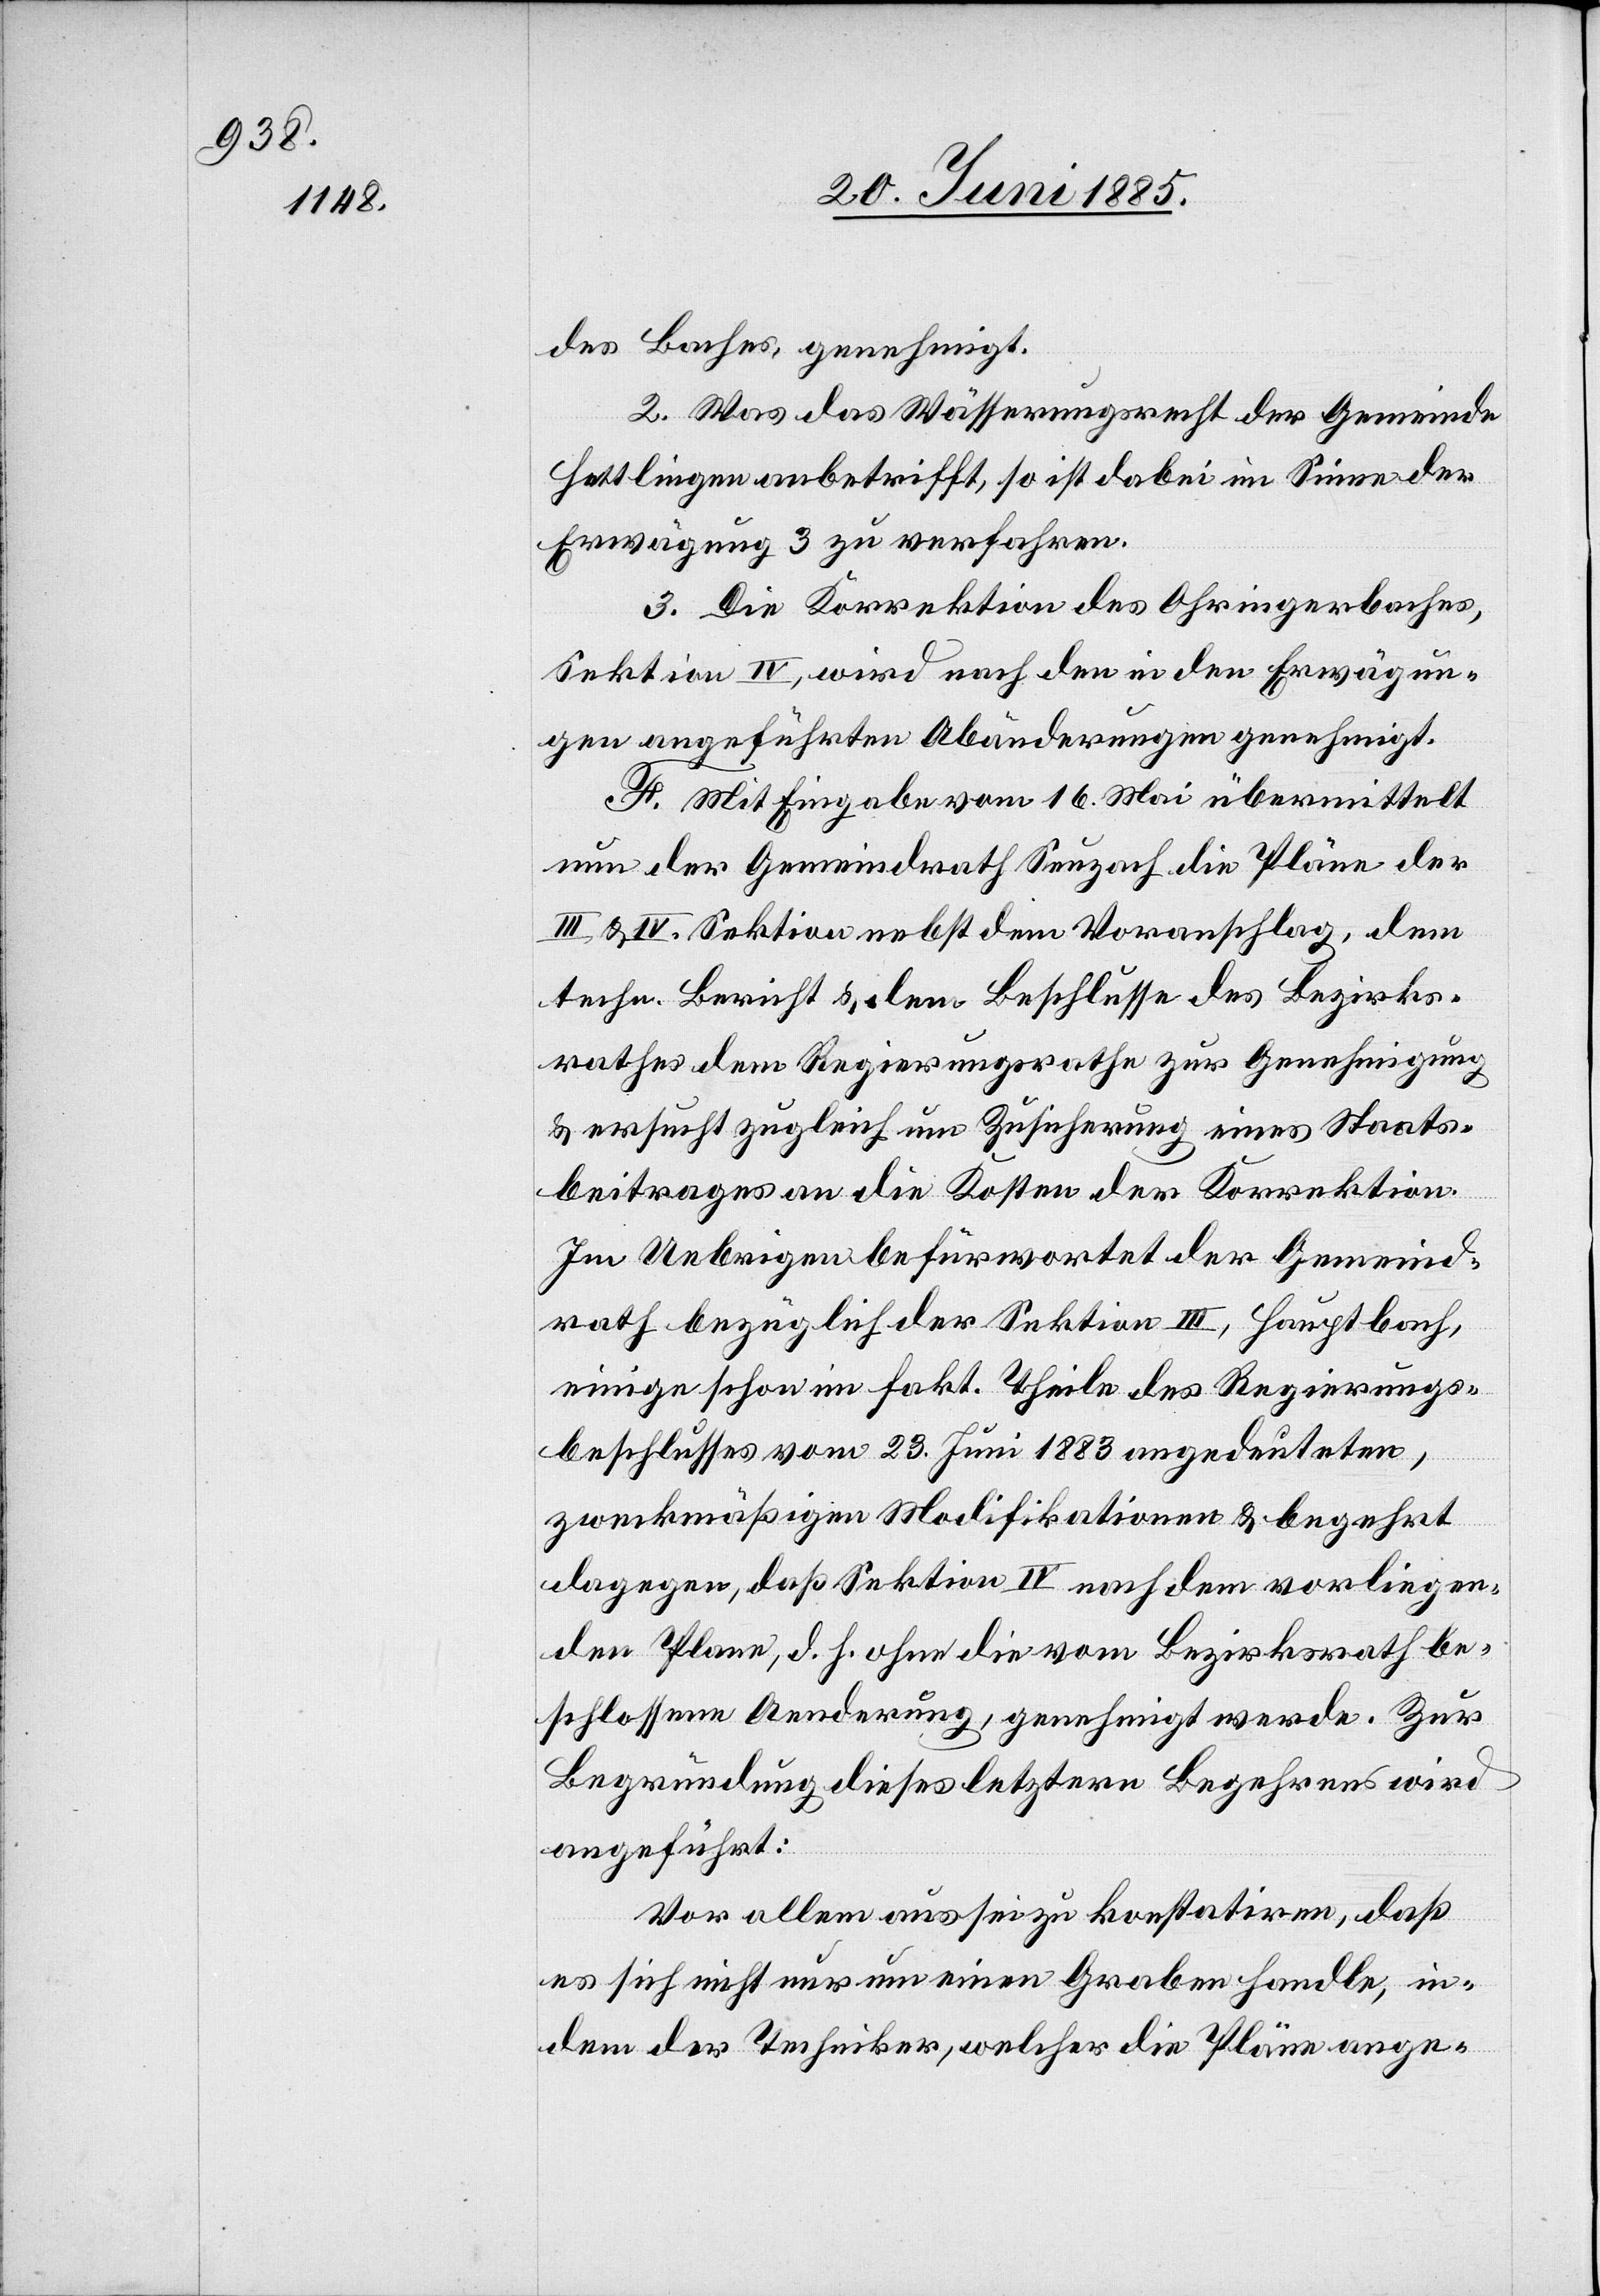
des Baches genehmigt.
2. Was das Wässerungsrecht der Gemeinde
Hettlingen anbetrifft, so ist dabei im Sinne der
Erwägung 3 zu verfahren.
3. Die Korrektion des Ohringerbaches,
Sektion IV, wird nach den in den Erwägun¬
gen angeführten Abänderungen genehmigt.
F. Mit Eingabe vom 16. Mai übermittelt
nun der Gemeindrath Seuzach die Pläne der
III. & IV. Sektion nebst dem Voranschlag, dem
techn. Bericht & dem Beschlusse des Bezirks¬
rathes dem Regierungsrathe zur Genehmigung
& ersucht zugleich um Zusicherung eines Staats¬
beitrages an die Kosten der Korrektion.
Im Uebrigen befürwortet der Gemeind¬
rath bezüglich der Sektion III, Hauptbach,
einige schon im fakt. Theile des Regierungs¬
beschlusses vom 23. Juni 1883 angedeuteten,
zweckmäßigen Modifikationen & begehrt
dagegen, daß Sektion IV nach dem vorliegen¬
den Plane, d. h. ohne die vom Bezirksrath be¬
schlossene Aenderung, genehmigt werde. Zur
Begründung dieses letztern Begehrens wird
angeführt:
Vor allem aus sei zu konstatiren, daß
es sich nicht nur um einen Graben handle, in¬
dem der Techniker, welcher die Pläne ange-